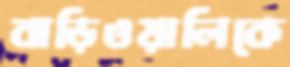
বাড়িওয়ালিকে